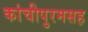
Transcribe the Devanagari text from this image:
कांचीपुरमसह